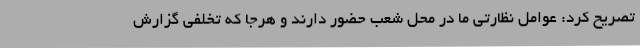
تصریح کرد: عوامل نظارتی ما در محل شعب حضور دارند و هرجا که تخلفی گزارش